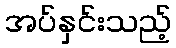
အပ်နှင်းသည့်